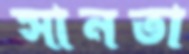
সানতা